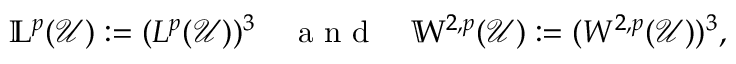
\mathbb { L } ^ { p } ( \mathcal { U } ) : = ( L ^ { p } ( \mathcal { U } ) ) ^ { 3 } \quad \mathrm { ~ a ~ n ~ d ~ } \quad \mathbb { W } ^ { 2 , p } ( \mathcal { U } ) : = ( W ^ { 2 , p } ( \mathcal { U } ) ) ^ { 3 } ,